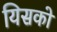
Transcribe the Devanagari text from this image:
यिसको